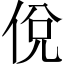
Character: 侻